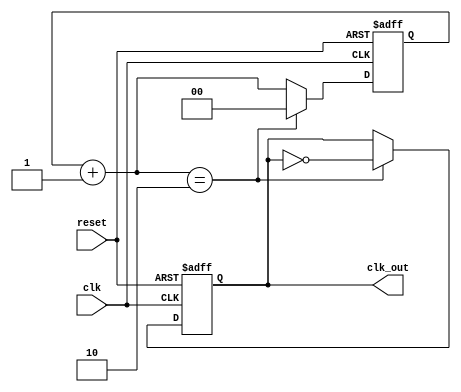
module clkDiv4 (clk,reset, clk_out);
 
input clk;
input reset;
output clk_out;
 
reg [1:0] r_reg;
wire [1:0] r_nxt;
reg clk_track;
 
always @(posedge clk or posedge reset)
 
begin
  if (reset)
     begin
        r_reg <= 2'b0;
	clk_track <= 1'b0;
     end
 
  else if (r_nxt == 2'b10)
 	   begin
	     r_reg <= 0;
	     clk_track <= ~clk_track;
	   end
 
  else 
      r_reg <= r_nxt;
end
 
 assign r_nxt = r_reg+1'b1;   	      
 assign clk_out = clk_track;
endmodule